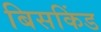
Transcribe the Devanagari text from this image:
बिसकिंड